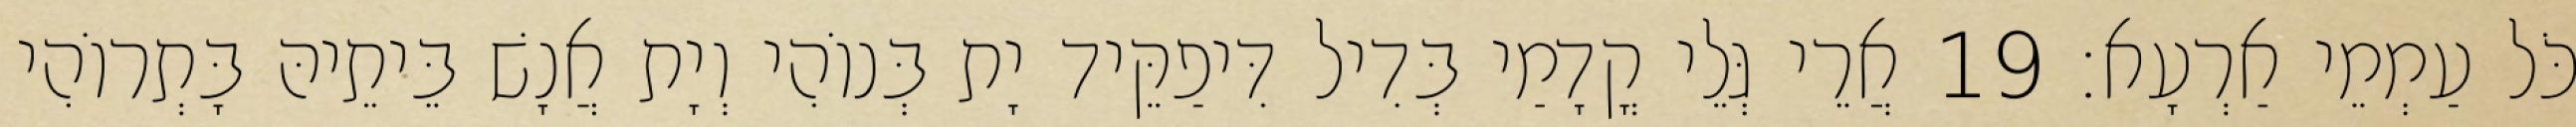
כֹּל עַמְמֵי אַרְעָא׃ 19 אֲרֵי גְּלֵי קֳדָמַי בְּדִיל דִּיפַקֵּיד יָת בְּנוֹהִי וְיָת אֲנָשׁ בֵּיתֵיהּ בָּתְרוֹהִי